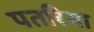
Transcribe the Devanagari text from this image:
पतरिया